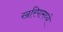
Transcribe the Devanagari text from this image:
खरिपामध्ये